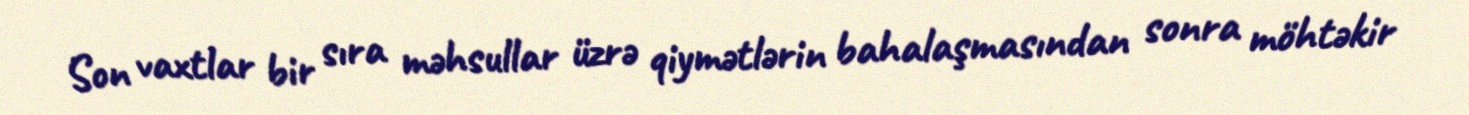
Son vaxtlar bir sıra məhsullar üzrə qiymətlərin bahalaşmasından sonra möhtəkir